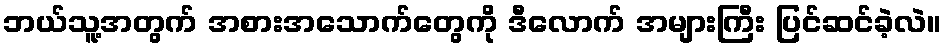
ဘယ်သူ့အတွက် အစားအသောက်တွေကို ဒီလောက် အများကြီး ပြင်ဆင်ခဲ့လဲ။